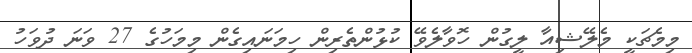
މިމެޗަކީ މެލޭޝިއާ ލީގުން ހޮވާލެވޭ ކުޅުންތެރިން ހިމަނައިގެން މިމަހުގެ 27 ވަނަ ދުވަހު